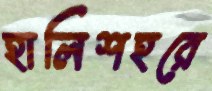
হালিশহরে